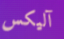
آليكس